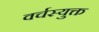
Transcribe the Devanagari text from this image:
वर्चस्युक्त